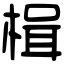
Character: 楫